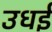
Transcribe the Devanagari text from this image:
उधई